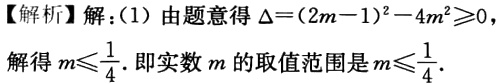
【解析】解：(1) 由题意得\(\Delta=(2m - 1)^{2}-4m^{2}\geqslant0\)，

解得\(m\leqslant\frac{1}{4}\). 即实数\(m\)的取值范围是\(m\leqslant\frac{1}{4}\).